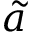
\tilde { a }